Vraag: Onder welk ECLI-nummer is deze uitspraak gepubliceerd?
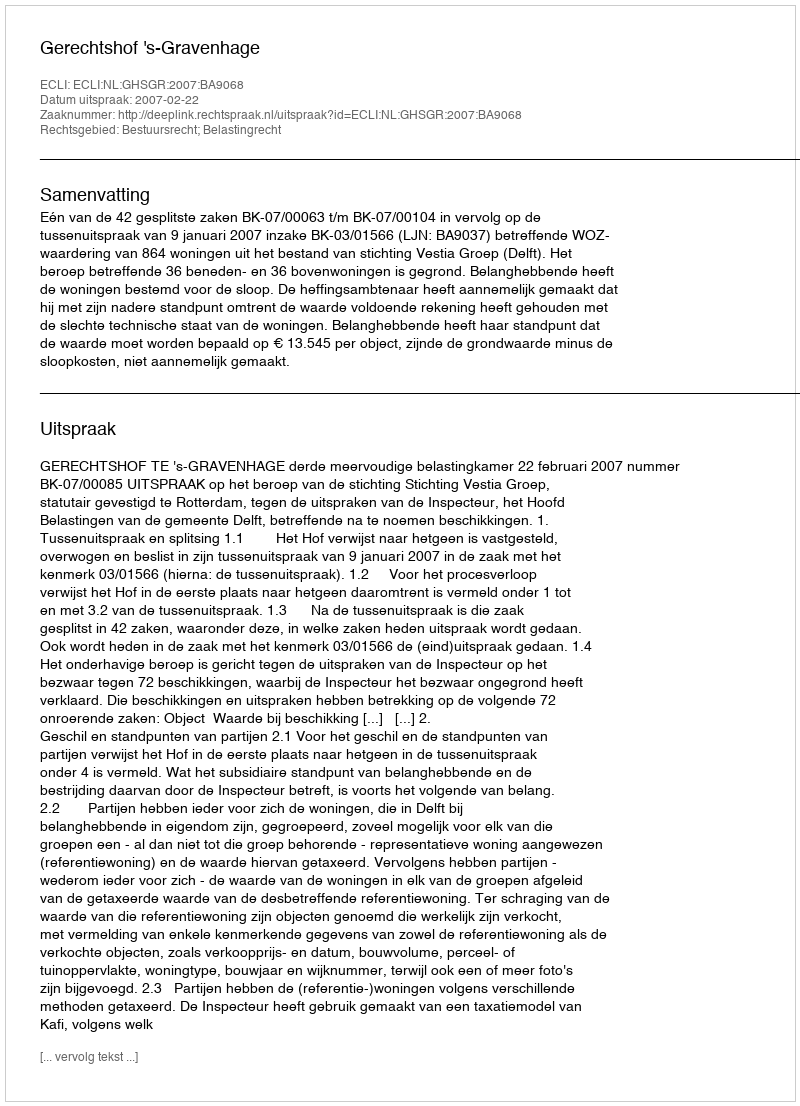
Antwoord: ECLI:NL:GHSGR:2007:BA9068